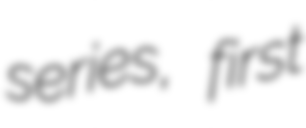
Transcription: series, first